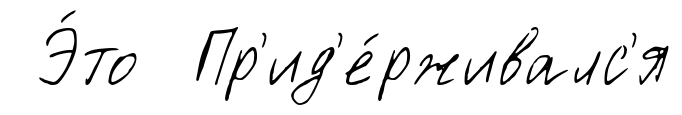
Э́то Пр'ид'е́рживалс'я